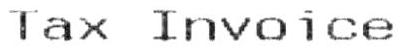
TAX INVOICE